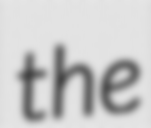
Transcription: the